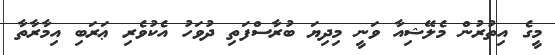
މީގެ އިތުރުން މެލޭޝިއާ ވަނީ މިދިޔަ ބުރާސްފަތި ދުވަހު އެކުވެރި ޢަރަބި އިމާރާތާ